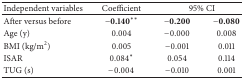
<table><thead><tr><td><b>Independent variables</b></td><td><b>Coefficient</b></td><td colspan="2"><b>95% CI</b></td></tr></thead><tbody><tr><td>After versus before</td><td><b>−0.140</b><sup>**</sup></td><td><b>−0.200</b></td><td><b>−0.080</b></td></tr><tr><td>Age (y)</td><td>0.004</td><td>−0.000</td><td>0.008</td></tr><tr><td>BMI (kg/m<sup>2</sup>)</td><td>0.005</td><td>−0.001</td><td>0.011</td></tr><tr><td>ISAR</td><td>0.084<sup>*</sup></td><td>0.054</td><td>0.114</td></tr><tr><td>TUG (s)</td><td>−0.004</td><td>−0.010</td><td>0.001</td></tr></tbody></table>